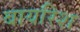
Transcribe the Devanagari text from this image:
बायरिश